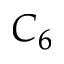
C _ { 6 }